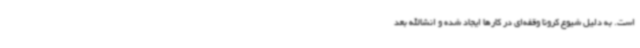
است. به دلیل شیوع کرونا وقفه‌ای در کارها ایجاد شده و انشاالله بعد